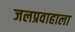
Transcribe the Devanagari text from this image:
जलप्रवाहाला